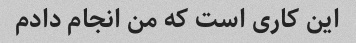
این کاری است که من انجام دادم